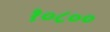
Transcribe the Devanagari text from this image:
१०८००